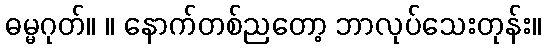
ဓမ္မဂုတ်။ ။ နောက်တစ်ညတော့ ဘာလုပ်သေးတုန်း။